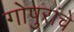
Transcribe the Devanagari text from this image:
गोपुरांचे